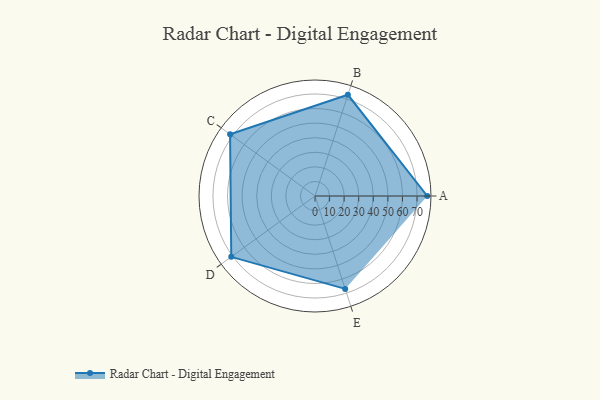
{"axis": {"x": "Skill", "y": "Score"}, "legend": ["Profile"], "data": [{"x": "A", "y": 77.0, "type": "Profile"}, {"x": "B", "y": 73.0, "type": "Profile"}, {"x": "C", "y": 72.0, "type": "Profile"}, {"x": "D", "y": 71.0, "type": "Profile"}, {"x": "E", "y": 67.0, "type": "Profile"}]}